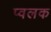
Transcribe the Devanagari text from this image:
प्वलक